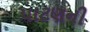
પાટણની